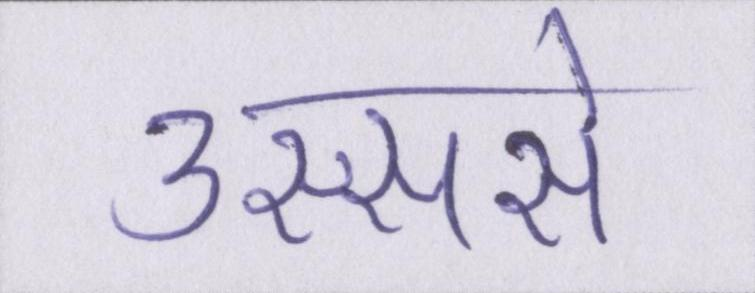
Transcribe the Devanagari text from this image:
उस्ससे